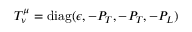
T _ { \nu } ^ { \mu } = \mathrm { d i a g } ( \epsilon , - P _ { T } , - P _ { T } , - P _ { L } )